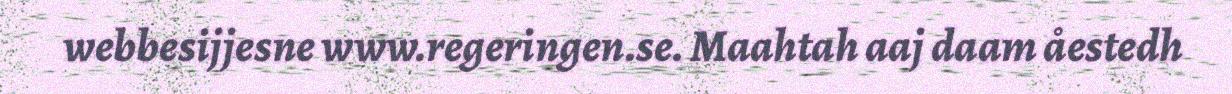
webbesijjesne www.regeringen.se. Maahtah aaj daam åestedh